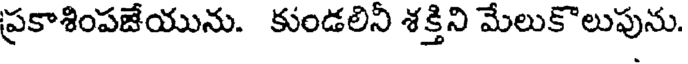
ప్రకాశింపజేయును. కుండలిని శక్తిని మేలుకొలుపును.